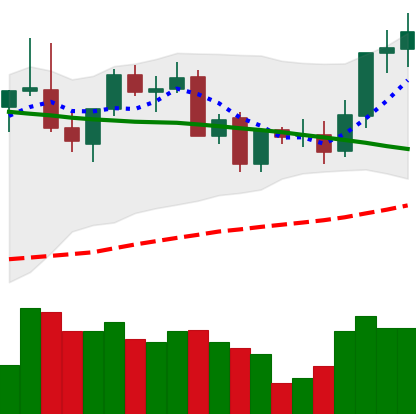
Ticker: LINK-USD
Chart end date: 2021-09-03
Forward return: -11.802%
Label: down_7plus